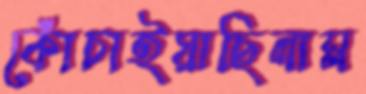
কোঁচাইয়াছিলাম